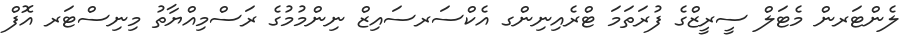
ލެންޓަރން މެޓަލް ސީރީޒްގެ ފުރަތަމަ ޓްރެއިނިންގ އެކްސަރސައިޒް ނިންމުމުގެ ރަސްމިއްޔާތު މިނިސްޓަރ އޮފް